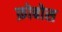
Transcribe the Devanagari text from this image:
फ़ोबोस